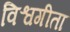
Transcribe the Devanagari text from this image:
विश्वगीता